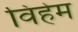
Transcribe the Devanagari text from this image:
विहेम